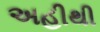
અહીથી